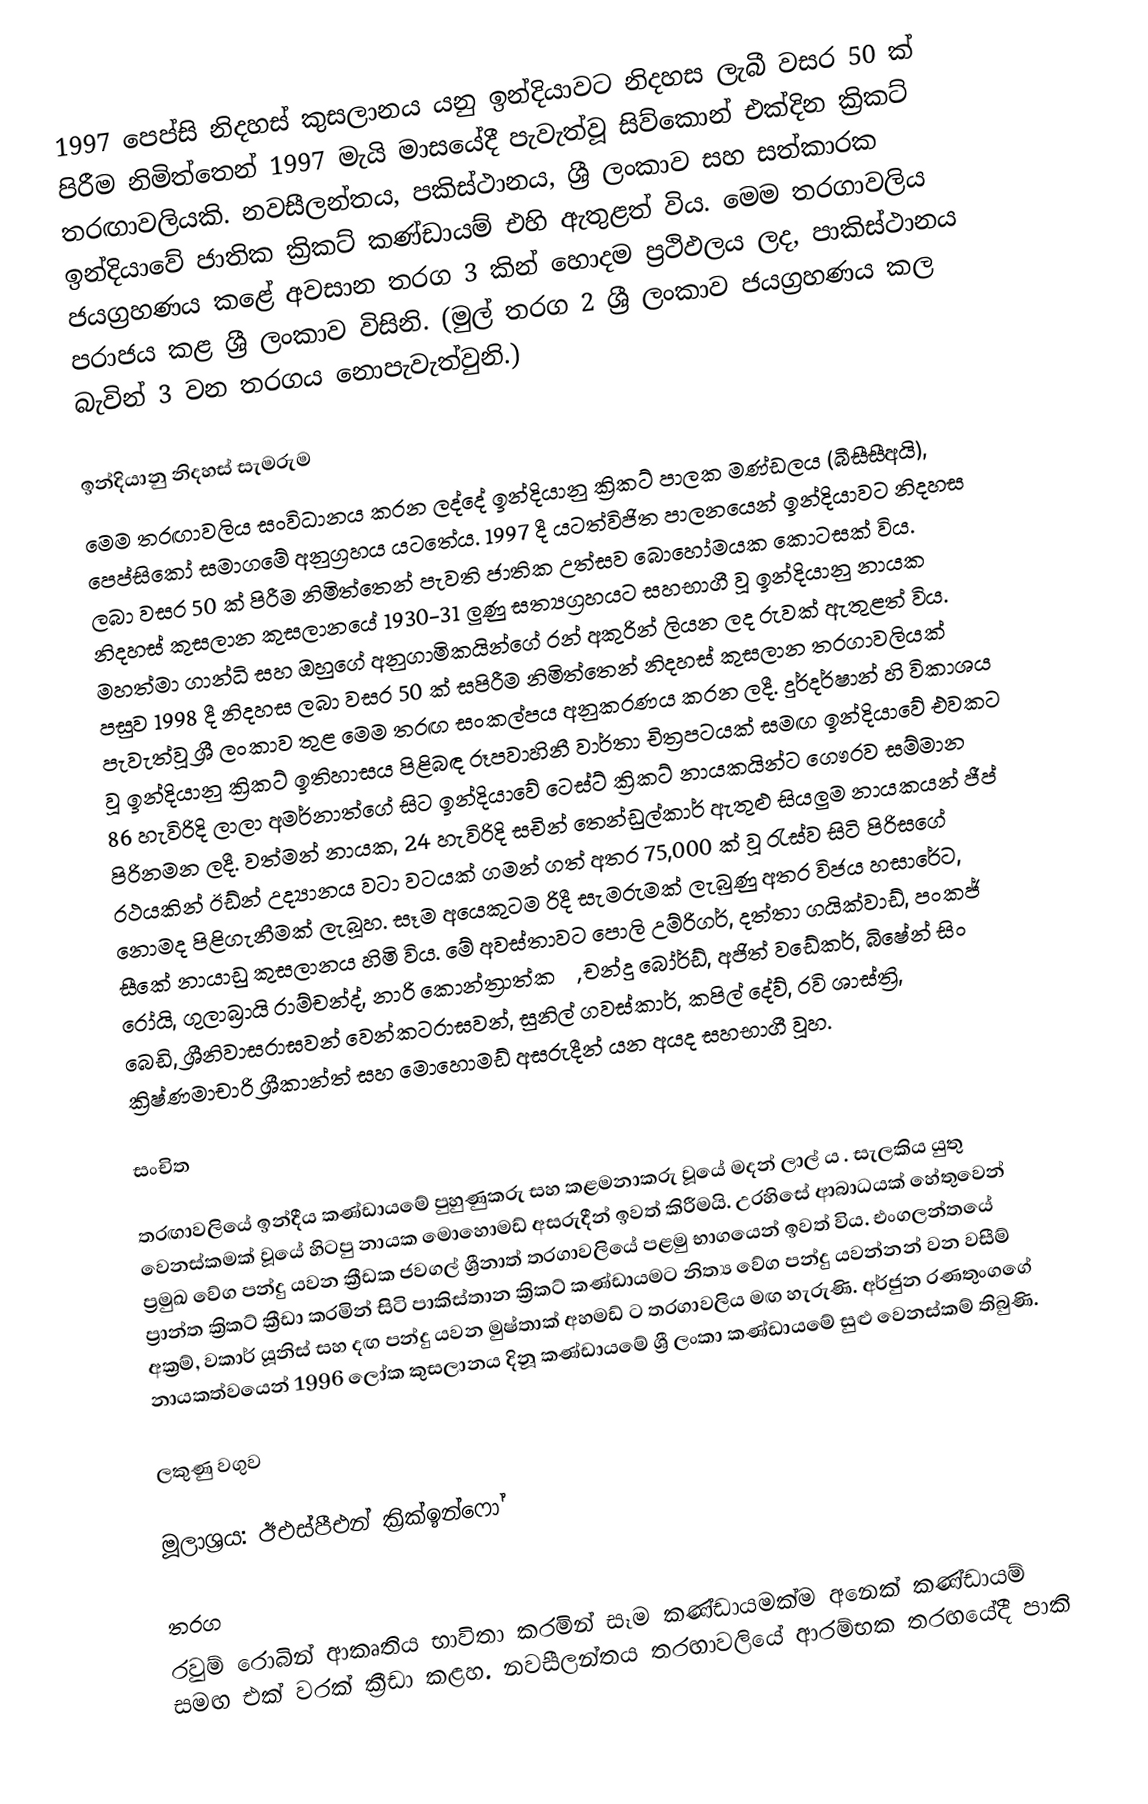
1997 පෙප්සි නිදහස් කුසලානය යනු ඉන්දියාවට නිදහස ලැබී වසර 50 ක් පිරීම නිමිත්තෙන් 1997 මැයි මාසයේදී පැවැත්වූ සිව්කොන් එක්දින ක්‍රිකට් තරඟාවලියකි.  නවසීලන්තය, පකිස්ථානය, ශ්‍රී ලංකාව සහ සත්කාරක ඉන්දියාවේ ජාතික ක්‍රිකට් කණ්ඩායම් එහි ඇතුළත් විය. මෙම තරගාවලිය ජයග්‍රහණය කළේ අවසාන තරග 3 කින් හොදම ප්‍රථිඵලය ලද, පාකිස්ථානය පරාජය කළ ශ්‍රී ලංකාව විසිනි. (මුල් තරග 2 ශ්‍රී ලංකාව ජයග්‍රහණය කල බැවින් 3 වන තරගය නොපැවැත්වුනි.)

ඉන්දියානු නිදහස් සැමරුම
මෙම තරඟාවලිය සංවිධානය කරන ලද්දේ ඉන්දියානු ක්‍රිකට් පාලක මණ්ඩලය (බීසීසීඅයි), පෙප්සිකෝ සමාගමේ අනුග්‍රහය යටතේය. 1997 දී යටත්විජිත පාලනයෙන් ඉන්දියාවට නිදහස ලබා වසර 50 ක් පිරීම නිමිත්තෙන් පැවති ජාතික උත්සව බොහෝමයක කොටසක් විය. නිදහස් කුසලාන කුසලානයේ 1930-31 ලුණු සත්‍යග්‍රහයට සහභාගී වූ ඉන්දියානු නායක මහත්මා ගාන්ධි සහ ඔහුගේ අනුගාමිකයින්ගේ රන් අකුරින් ලියන ලද රුවක් ඇතුළත් විය. පසුව 1998 දී නිදහස ලබා වසර 50 ක් සපිරීම නිමිත්තෙන් නිදහස් කුසලාන තරගාවලියක් පැවැත්වූ ශ්‍රී ලංකාව තුළ මෙම තරඟ සංකල්පය  අනුකරණය කරන ලදී. දුර්දර්ෂාන් හි විකාශය වූ ඉන්දියානු ක්‍රිකට් ඉතිහාසය පිළිබඳ රූපවාහිනී වාර්තා චිත්‍රපටයක් සමඟ ඉන්දියාවේ එවකට 86 හැවිරිදි ලාලා අමර්නාත්ගේ සිට ඉන්දියාවේ ටෙස්ට් ක්‍රිකට් නායකයින්ට ගෞරව සම්මාන පිරිනමන ලදී. වත්මන් නායක, 24 හැවිරිදි සචින් තෙන්ඩුල්කාර් ඇතුළු සියලුම නායකයන් ජීප් රථයකින් ඊඩ්න් උද්‍යානය වටා වටයක් ගමන් ගත් අතර 75,000 ක් වූ රැස්ව සිටි පිරිසගේ නොමද පිළිගැනීමක් ලැබූහ. සෑම අයෙකුටම රිදී සැමරුමක් ලැබුණු අතර විජය හසාරේට, සීකේ නායාඩු කුසලානය හිමි විය. මේ අවස්තාවට පොලි උම්රිගර්, දත්තා ගයික්වාඩ්, පංකජ් රෝයි, ගුලාබ්‍රායි රාම්චන්ද්, නාරි කොන්ත්‍රාත්කරු, චන්දු බෝර්ඩ්, අජිත් වඩේකර්, බිෂේන් සිං බෙඩි, ශ්‍රීනිවාසරාඝවන් වෙන්කටරාඝවන්, සුනිල් ගවස්කාර්, කපිල් දේව්, රවි ශාස්ත්‍රි, ක්‍රිෂ්ණමාචාරි ශ්‍රීකාන්ත් සහ මොහොමඩ් අසරුදීන් යන අයද සහභාගී වූහ.

සංචිත

තරඟාවලියේ ඉන්දීය කණ්ඩායමේ පුහුණුකරු සහ කළමනාකරු වූයේ මදන් ලාල් ය . සැලකිය යුතු වෙනස්කමක් වූයේ හිටපු නායක මොහොමඩ් අසරුදීන් ඉවත් කිරීමයි. උරහිසේ ආබාධයක් හේතුවෙන් ප්‍රමුඛ වේග පන්දු යවන ක්‍රීඩක ජවගල් ශ්‍රීනාත් තරගාවලියේ පළමු භාගයෙන් ඉවත් විය.  එංගලන්තයේ ප්‍රාන්ත ක්‍රිකට් ක්‍රීඩා කරමින් සිටි පාකිස්තාන ක්‍රිකට් කණ්ඩායමට නිත්‍ය වේග පන්දු යවන්නන් වන වසීම් අක්‍රම්, වකාර් යූනිස් සහ දඟ පන්දු යවන මුෂ්තාක් අහමඩ් ට තරගාවලිය මඟ හැරුණි.  අර්ජුන රණතුංගගේ නායකත්වයෙන් 1996 ලෝක කුසලානය දිනූ කණ්ඩායමේ ශ්‍රී ලංකා කණ්ඩායමේ සුළු වෙනස්කම් තිබුණි.

ලකුණු වගුව

මූලාශ්‍රය: ඊඑස්පීඑන් ක්‍රික්ඉන්ෆෝ

තරග
රවුම් රොබින් ආකෘතිය භාවිතා කරමින් සෑම කණ්ඩායමක්ම අනෙක් කණ්ඩායම් සමඟ එක් වරක් ක්‍රීඩා කළහ. නවසීලන්තය තරඟාවලියේ ආරම්භක තරඟයේදී පාකි